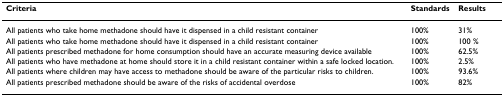
| Criteria | Standards | Results |
 | --- | --- | --- |
 | All patients who take home methadone should have it dispensed in a child resistant container | 100% | 31% |
 | All patients who take home methadone should have it dispensed in a child resistant container | 100% | 100 % |
 | All patients prescribed methadone for home consumption should have an accurate measuring device available | 100% | 62.5% |
 | All patients who have methadone at home should store it in a child resistant container within a safe locked location. | 100% | 2.5% |
 | All patients where children may have access to methadone should be aware of the particular risks to children. | 100% | 93.6% |
 | All patients prescribed methadone should be aware of the risks of accidental overdose | 100% | 82% |